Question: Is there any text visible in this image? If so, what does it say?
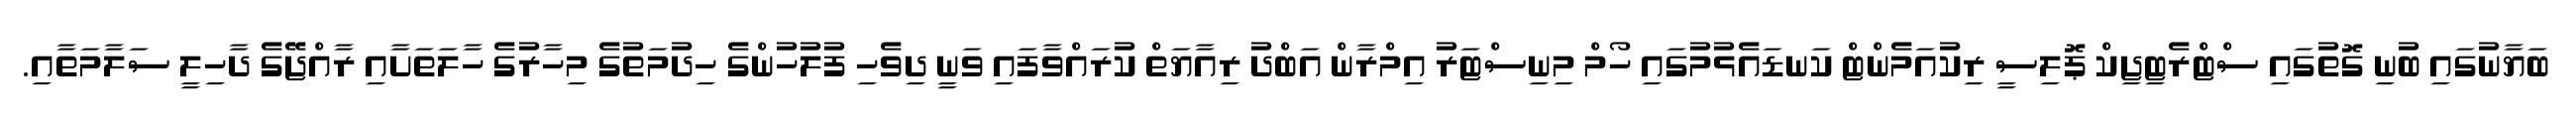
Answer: ބަޔާނުގައި ބުނި ގޮތުގައި ސްޓްރެޓިޖިކް ޕޮލިސީ ރިކުއަމެންޓް ކަނޑައެޅުމުގައި ހޯމް މިނިސްޓަރު އިމްރާން އަބްދު ރިއާޔަތް ކުރައްވާފައި ވަނީ ދިވެހި ފުލުހުންގެ ހިދުމަތުގެ މިހާރުގެ ހާލަތަށާއި ރާއްޖޭގެ ދާހިލީ ސަލާމަތާއި.